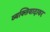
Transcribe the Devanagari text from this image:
व्यक्तिवादावर